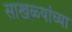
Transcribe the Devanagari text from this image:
साखळ्यांच्या